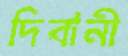
দিবানী